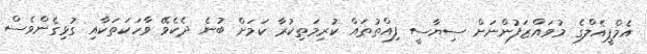
އެމްޕީއެލްގެ މުވައްޒަފުންނަށް ސިޔާސީ ފިއްތުތައް ކުރިމަތިކުރާ ކަަމަށް ބުނެ ދެކެވޭ ވާހަކަތަކާއި ގުޅިގެންވެސް